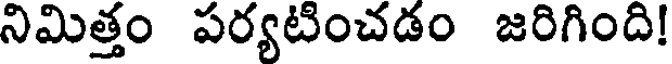
నిమిత్తం పర్యటించడం జరిగింది!